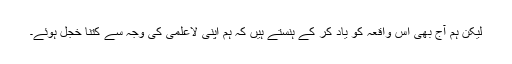
لیکن ہم آج بھی اس واقعہ کو یاد کر کے ہنستے ہیں کہ ہم اپنی لاعلمی کی وجہ سے کتنا خجل ہوئے۔